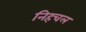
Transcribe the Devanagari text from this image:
निहचल